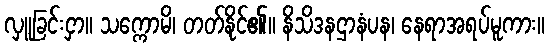
လှူခြင်းငှာ။ သက္ကောမိ၊ တတ်နိုင်၏။ နိသိဒနဌာနံပန၊ နေရာအရပ်မူကား။